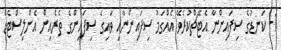
1- ކަނޑުގެ ސިފައިންނާ އެޓޭޗްކުރެވޭ އެއްގަމު ސިފައިންނާއި ވައިގެ ސިފައިންގެ ތެރެއިން އެންލިސްޓެޑް